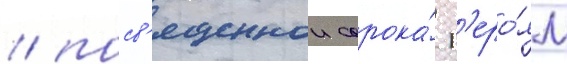
/ посв'ященнои сорока́ г'еро́ям